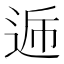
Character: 𮞏